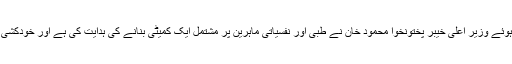
علاقے میں خودکشی کے رجحان میں اضافے کا نوٹس لیتے ہوئے وزیرِ اعلیٰ خیبر پختونخوا محمود خان نے طبی اور نفسیاتی ماہرین پر مشتمل ایک کمیٹی بنانے کی ہدایت کی ہے اور خودکشی کے محرکات کا جائزہ لے کر اپنی سفارشات پیش کرے گی۔